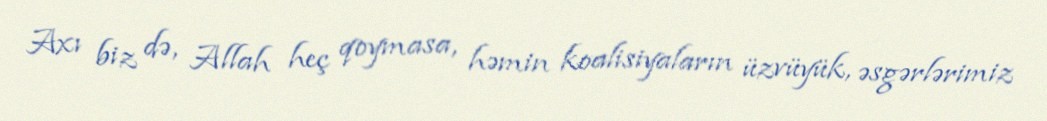
Axı biz də, Allah heç qoymasa, həmin koalisiyaların üzvüyük, əsgərlərimiz